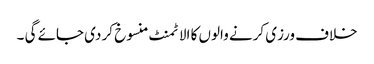
خلاف ورزی کرنے والوں کا الاٹمنٹ منسوخ کر دی جائے گی ۔